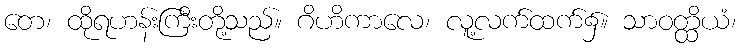
တေ၊ ထိုရဟန်းကြီးတို့သည်။ ဂိဟိကာလေ၊ လူ့လက်ထက်၌။ သာဝတ္ထိယံ၊